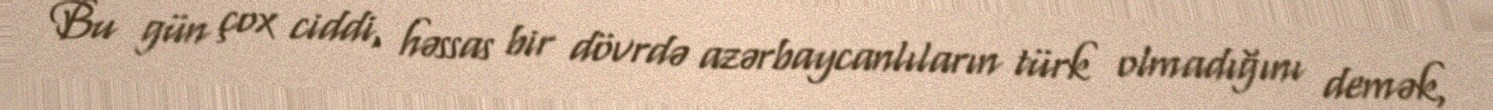
Bu gün çox ciddi, həssas bir dövrdə azərbaycanlıların türk olmadığını demək,